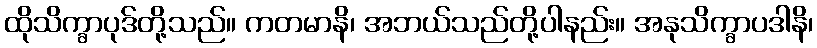
ထိုသိက္ခာပုဒ်တို့သည်။ ကတမာနိ၊ အဘယ်သည်တို့ပါနည်း။ အနုသိက္ခာပဒါနိ၊